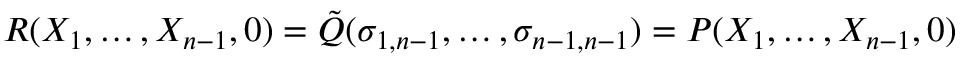
R ( X _ { 1 } , \ldots , X _ { n - 1 } , 0 ) = { \tilde { Q } } ( \sigma _ { 1 , n - 1 } , \ldots , \sigma _ { n - 1 , n - 1 } ) = P ( X _ { 1 } , \ldots , X _ { n - 1 } , 0 )